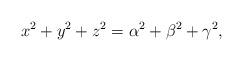
LaTeX: \begin{align*}x^2+y^2+z^2=\alpha^2+\beta^2+\gamma^2,\end{align*}